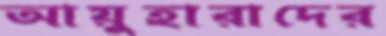
আয়ুহারাদের